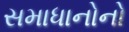
સમાધાનોનો